Report on sanitation, dispensaries, and jails in Rajputana for 1919, and on vaccination for the year 1919-1920 - 1919-1920
Year: 1919
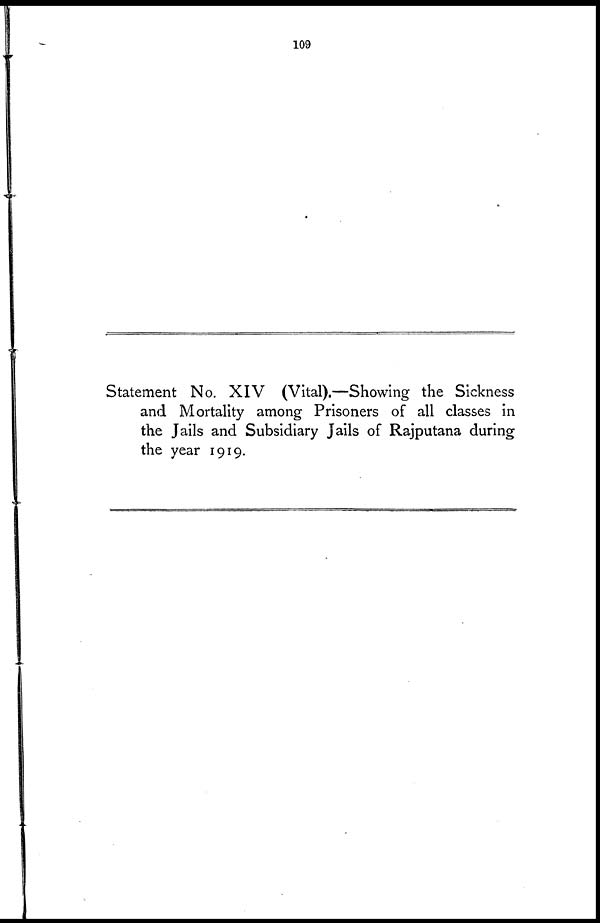
109
Statement No. XIV (Vital).—Showing the Sickness
and Mortality among Prisoners of all classes in
the Jails and Subsidiary Jails of Rajputana during
the year 1919.